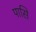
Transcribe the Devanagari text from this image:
पासि